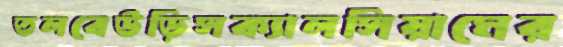
তলবেউড়িসক্যালসিয়ামের